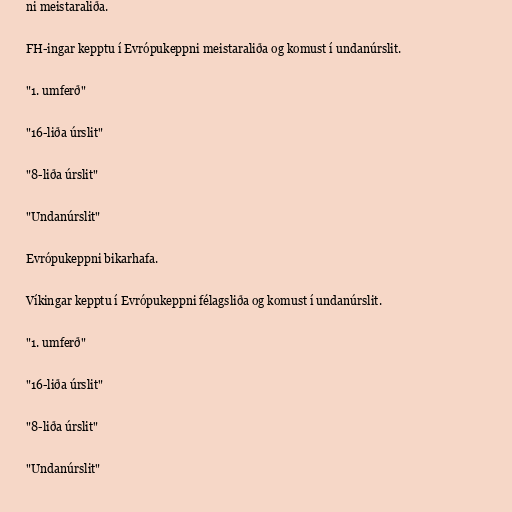
ni meistaraliða.

FH-ingar kepptu í Evrópukeppni meistaraliða og komust í undanúrslit.

"1. umferð"

"16-liða úrslit"

"8-liða úrslit"

"Undanúrslit"

Evrópukeppni bikarhafa.

Víkingar kepptu í Evrópukeppni félagsliða og komust í undanúrslit.

"1. umferð"

"16-liða úrslit"

"8-liða úrslit"

"Undanúrslit"